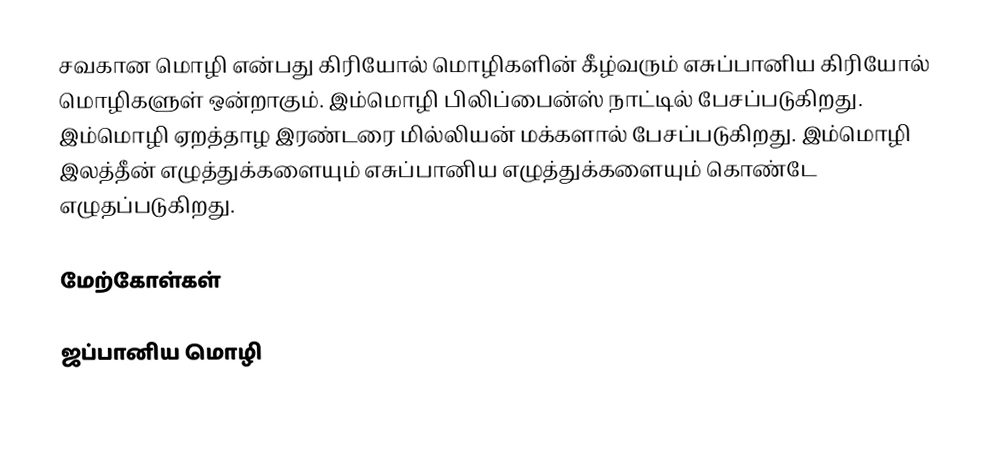
சவகான மொழி என்பது கிரியோல் மொழிகளின் கீழ்வரும் எசுப்பானிய கிரியோல் மொழிகளுள் ஒன்றாகும். இம்மொழி பிலிப்பைன்ஸ் நாட்டில் பேசப்படுகிறது. இம்மொழி ஏறத்தாழ இரண்டரை மில்லியன் மக்களால் பேசப்படுகிறது. இம்மொழி இலத்தீன் எழுத்துக்களையும் எசுப்பானிய எழுத்துக்களையும் கொண்டே எழுதப்படுகிறது.

மேற்கோள்கள்

ஜப்பானிய மொழி